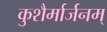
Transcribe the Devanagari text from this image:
कुशैर्मार्जनम्